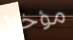
مؤخرا